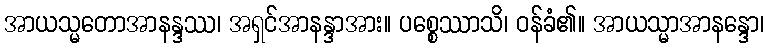
အာယသ္မတောအာနန္ဒဿ၊ အရှင်အာနန္ဒာအား။ ပစ္စေဿာသိ၊ ဝန်ခံ၏။ အာယသ္မာအာနန္ဒော၊